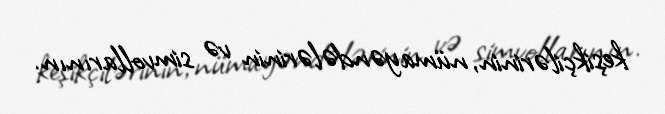
keşikçilərinin, nümayəndələrinin və simvollarının.